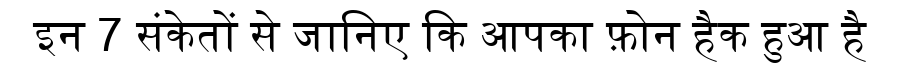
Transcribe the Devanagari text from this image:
इन 7 संकेतों से जानिए कि आपका फ़ोन हैक हुआ है